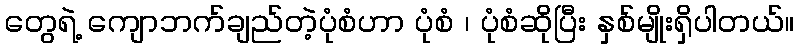
တွေရဲ့ ကျောဘက်ချည်တဲ့ပုံစံဟာ ပုံစံ ၊ ပုံစံဆိုပြီး နှစ်မျိုးရှိပါတယ်။